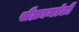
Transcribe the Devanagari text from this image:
सैक्रामांटो